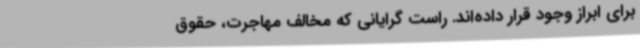
برای ابراز وجود قرار داده‌اند. راست گرایانی که مخالف مهاجرت، حقوق